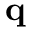
\mathbf { q }